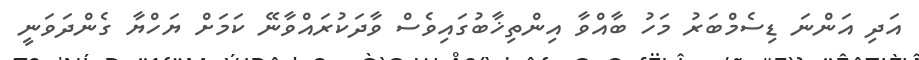
އަދި އަންނަ ޑިސެމްބަރު މަހު ބާއްވާ އިންތިޚާބުގައިވެސް ވާދަކުރައްވާނޭ ކަމަށް ޔަހްޔާ ގެންދަވަނީ